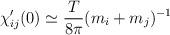
LaTeX: \begin{align*}\chi _{ij}^{\prime }(0)\simeq {\frac{T}{8\pi }}(m_{i}+m_{j})^{-1}\end{align*}